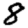
Digit: 8